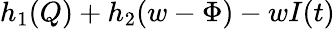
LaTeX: h_{1}(Q)+h_{2}(w-\Phi)-wI(t)